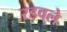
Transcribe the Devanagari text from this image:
रडवले